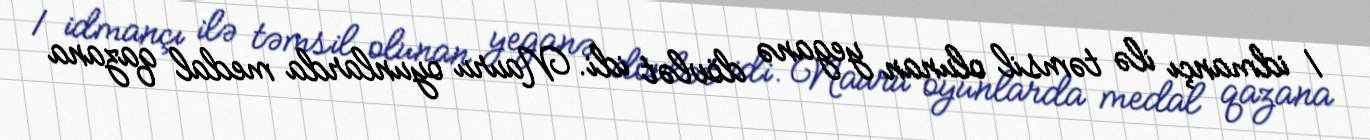
1 idmançı ilə təmsil olunan yeganə dövlət idi. Nauru oyunlarda medal qazana